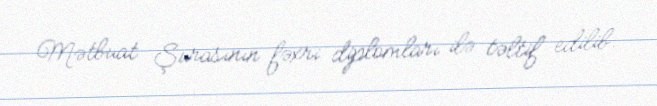
Mətbuat Şurasının fəxri diplomları ilə təltif edilib.